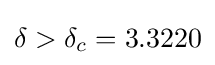
\delta >\delta _{c}=3.3220